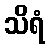
သိရံ